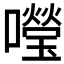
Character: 𡃅